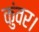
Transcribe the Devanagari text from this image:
कुंवर।